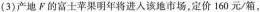
(3)产地下的富士苹果明年将进入该泡市场，定价160元/箱，